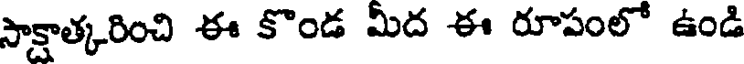
సాక్షాత్కరించి ఈ కొండ మీద ఈ రూపంలో ఉండి